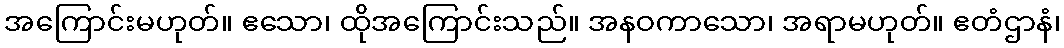
အကြောင်းမဟုတ်။ ဧသော၊ ထိုအကြောင်းသည်။ အနဝကာသော၊ အရာမဟုတ်။ ဧတံဌာနံ၊